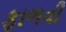
ફાળવી